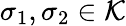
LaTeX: \sigma_{1},\sigma_{2}\in{\mathcal{K}}